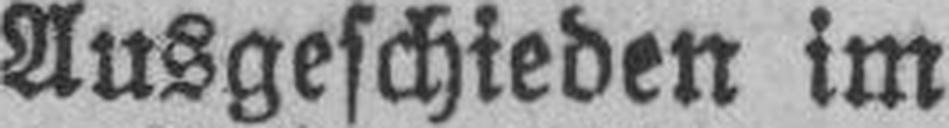
Ausgeschieden im